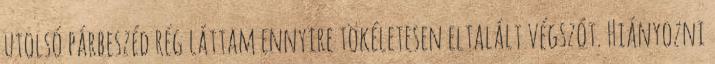
utolsó párbeszéd rég láttam ennyire tökéletesen eltalált végszót. Hiányozni